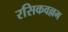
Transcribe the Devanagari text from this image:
रसिकवल्लभ